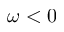
\omega < 0